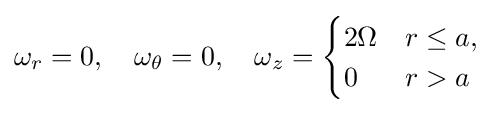
\omega _{r}=0,\quad \omega _{\theta }=0,\quad \omega _{z}={\begin{cases}2\Omega &r\leq a,\\0&r>a\end{cases}}